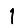
Digit: 1